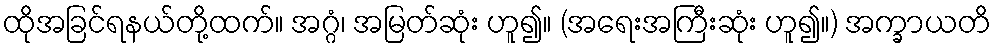
ထိုအခြင်ရနယ်တို့ထက်။ အဂ္ဂံ၊ အမြတ်ဆုံး ဟူ၍။ (အရေးအကြီးဆုံး ဟူ၍။) အက္ခာယတိ